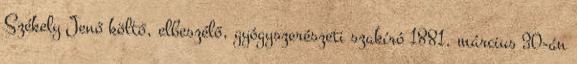
Székely Jenő költő, elbeszélő, gyógyszerészeti szakíró 1881. március 30-án